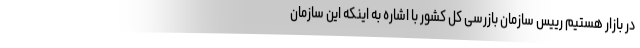
در بازار هستیم رییس سازمان بازرسی کل کشور با اشاره به اینکه این سازمان